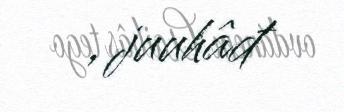
, juuhâđ